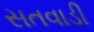
સતવાડી